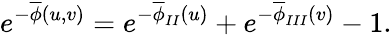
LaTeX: e^{-\overline{{{\phi}}}(u,v)}=e^{-\overline{{{\phi}}}_{II}(u)}+e^{-\overline{{{\phi}}}_{III}(v)}-1.